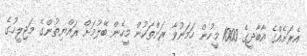
އެރަށެއްގެ އާބާދީގެ 1000 މީހުން ހަމަނުވާ ރަށްތަކުން މީހެން ބޭލުމަށް ރައްޔިތުންގެ މަޖިލީހުގެ